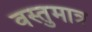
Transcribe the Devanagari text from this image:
वस्तुमात्र